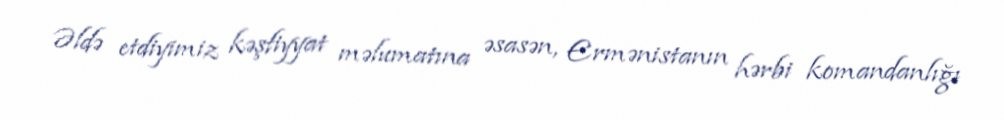
Əldə etdiyimiz kəşfiyyat məlumatına əsasən, Ermənistanın hərbi komandanlığı